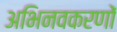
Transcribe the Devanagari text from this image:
अभिनवकरणों